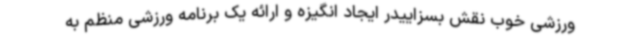
ورزشی خوب نقش بسزاییدر ایجاد انگیزه و ارائه یک برنامه ورزشی منظم به